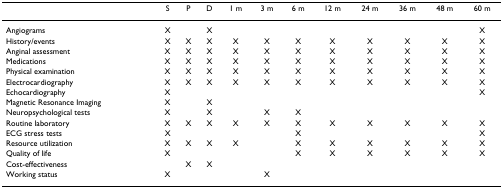
<table><thead><tr><td></td><td><b>S</b></td><td><b>P</b></td><td><b>D</b></td><td><b>1 m</b></td><td><b>3 m</b></td><td><b>6 m</b></td><td><b>12 m</b></td><td><b>24 m</b></td><td><b>36 m</b></td><td><b>48 m</b></td><td><b>60 m</b></td></tr></thead><tbody><tr><td>Angiograms</td><td>X</td><td></td><td>X</td><td></td><td></td><td></td><td></td><td></td><td></td><td></td><td>X</td></tr><tr><td>History/events</td><td>X</td><td>X</td><td>X</td><td>X</td><td>X</td><td>X</td><td>X</td><td>X</td><td>X</td><td>X</td><td>X</td></tr><tr><td>Anginal assessment</td><td>X</td><td>X</td><td>X</td><td>X</td><td>X</td><td>X</td><td>X</td><td>X</td><td>X</td><td>X</td><td>X</td></tr><tr><td>Medications</td><td>X</td><td>X</td><td>X</td><td>X</td><td>X</td><td>X</td><td>X</td><td>X</td><td>X</td><td>X</td><td>X</td></tr><tr><td>Physical examination</td><td>X</td><td>X</td><td>X</td><td>X</td><td>X</td><td>X</td><td>X</td><td>X</td><td>X</td><td>X</td><td>X</td></tr><tr><td>Electrocardiography</td><td>X</td><td>X</td><td>X</td><td>X</td><td>X</td><td>X</td><td>X</td><td>X</td><td>X</td><td>X</td><td>X</td></tr><tr><td>Echocardiography</td><td>X</td><td></td><td></td><td></td><td></td><td></td><td></td><td></td><td></td><td></td><td>X</td></tr><tr><td>Magnetic Resonance Imaging</td><td>X</td><td></td><td>X</td><td></td><td></td><td></td><td></td><td></td><td></td><td></td><td></td></tr><tr><td>Neuropsychological tests</td><td>X</td><td></td><td>X</td><td></td><td>X</td><td>X</td><td></td><td></td><td></td><td></td><td></td></tr><tr><td>Routine laboratory</td><td>X</td><td>X</td><td>X</td><td>X</td><td>X</td><td>X</td><td>X</td><td>X</td><td>X</td><td>X</td><td>X</td></tr><tr><td>ECG stress tests</td><td>X</td><td></td><td></td><td></td><td></td><td>X</td><td></td><td></td><td></td><td></td><td>X</td></tr><tr><td>Resource utilization</td><td>X</td><td>X</td><td>X</td><td>X</td><td></td><td>X</td><td>X</td><td>X</td><td>X</td><td>X</td><td>X</td></tr><tr><td>Quality of life</td><td>X</td><td></td><td></td><td></td><td></td><td>X</td><td>X</td><td>X</td><td>X</td><td>X</td><td>X</td></tr><tr><td>Cost-effectiveness</td><td></td><td>X</td><td>X</td><td></td><td></td><td></td><td></td><td></td><td></td><td></td><td></td></tr><tr><td>Working status</td><td>X</td><td></td><td></td><td></td><td>X</td><td></td><td></td><td></td><td></td><td></td><td></td></tr></tbody></table>